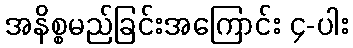
အနိစ္စမည်ခြင်းအကြောင်း ၄-ပါး